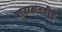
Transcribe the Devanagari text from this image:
शरासनहीन